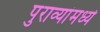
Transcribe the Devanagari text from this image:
पुराव्यांमध्ये